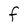
Character: F